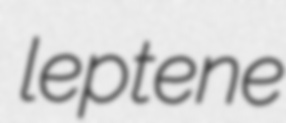
leptene